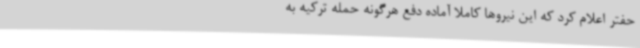
حفتر اعلام کرد که این نیروها کاملاً آماده دفع هرگونه حمله ترکیه به